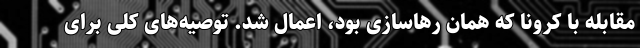
مقابله با کرونا که همان رهاسازی بود، اعمال شد. توصیه‌های کلی برای